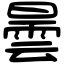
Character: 曇